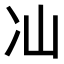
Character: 𭂈